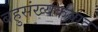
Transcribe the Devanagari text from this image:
बहुसंख्यकवाद